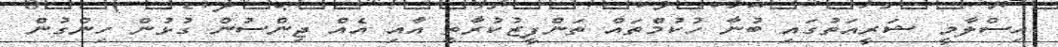
އިސްލާމީ ޝަރީއަތުގައި ބުނާ ހުކުމްތައް ތަންފީޒުކުރާތީ އާއި އެއް ޖިންސުން ގުޅުން ހިންގުން